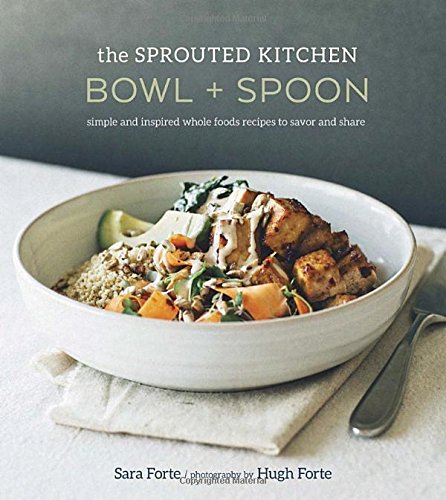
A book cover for The Sprouted Kitchen Bowl and Spoon: Simple and Inspired Whole Foods Recipes to Savor and Share; Sara Forte; Cookbooks, Food & Wine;